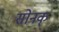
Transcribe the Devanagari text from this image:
सोनक्